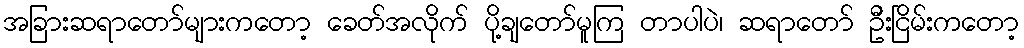
အခြားဆရာတော်များကတော့ ခေတ်အလိုက် ပို့ချတော်မူကြ တာပါပဲ၊ ဆရာတော် ဦးငြိမ်းကတော့